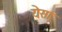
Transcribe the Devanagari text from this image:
येसा